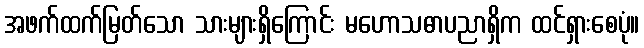
အဖက်ထက်မြတ်သော သားများရှိကြောင်း မဟောသဓာပညာရှိက ထင်ရှားစေပုံ။